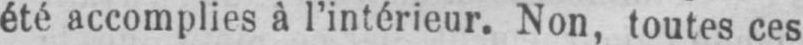
été accomplies à l’intérieur. Non, toutes ces